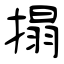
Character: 搨